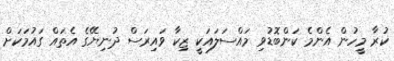
ކުރާ މީހުން އެންމެ ކަންބޮޑުވި މައްސަލައަކީ ޒިކާ ވައިރަސް ދުނިޔޭގެ އެތައް ގައުމަކަށް